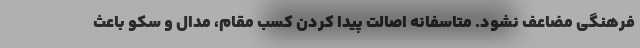
فرهنگی مضاعف نشود. متاسفانه اصالت پیدا کردن کسب مقام، مدال و سکو باعث